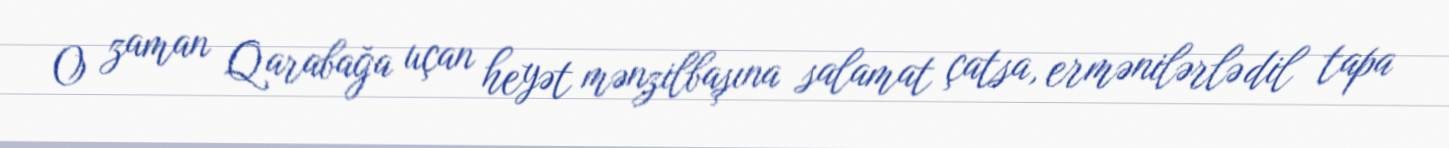
O zaman Qarabağa uçan heyət mənzilbaşına salamat çatsa, ermənilərlə dil tapa